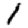
Digit: 1